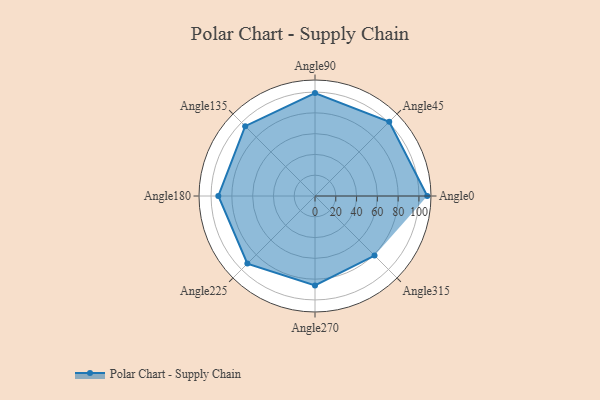
{"axis": {"x": "Angle", "y": "Radius"}, "legend": [""], "data": [{"x": "Angle0", "y": 108.0, "type": ""}, {"x": "Angle45", "y": 101.0, "type": ""}, {"x": "Angle90", "y": 99.0, "type": ""}, {"x": "Angle135", "y": 95.0, "type": ""}, {"x": "Angle180", "y": 93.0, "type": ""}, {"x": "Angle225", "y": 92.0, "type": ""}, {"x": "Angle270", "y": 86.0, "type": ""}, {"x": "Angle315", "y": 81.0, "type": ""}]}